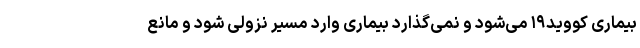
بیماری کووید۱۹ می‌شود و نمی‌گذارد بیماری وارد مسیر نزولی شود و مانع